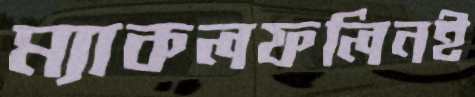
ম্যাকলফলিনই